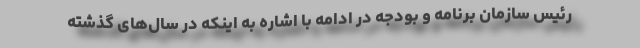
رئیس سازمان برنامه و بودجه در ادامه با اشاره به اینکه در سال‌های گذشته